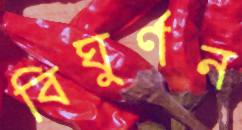
বিঘুর্ণন